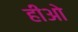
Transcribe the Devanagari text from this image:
हीओ